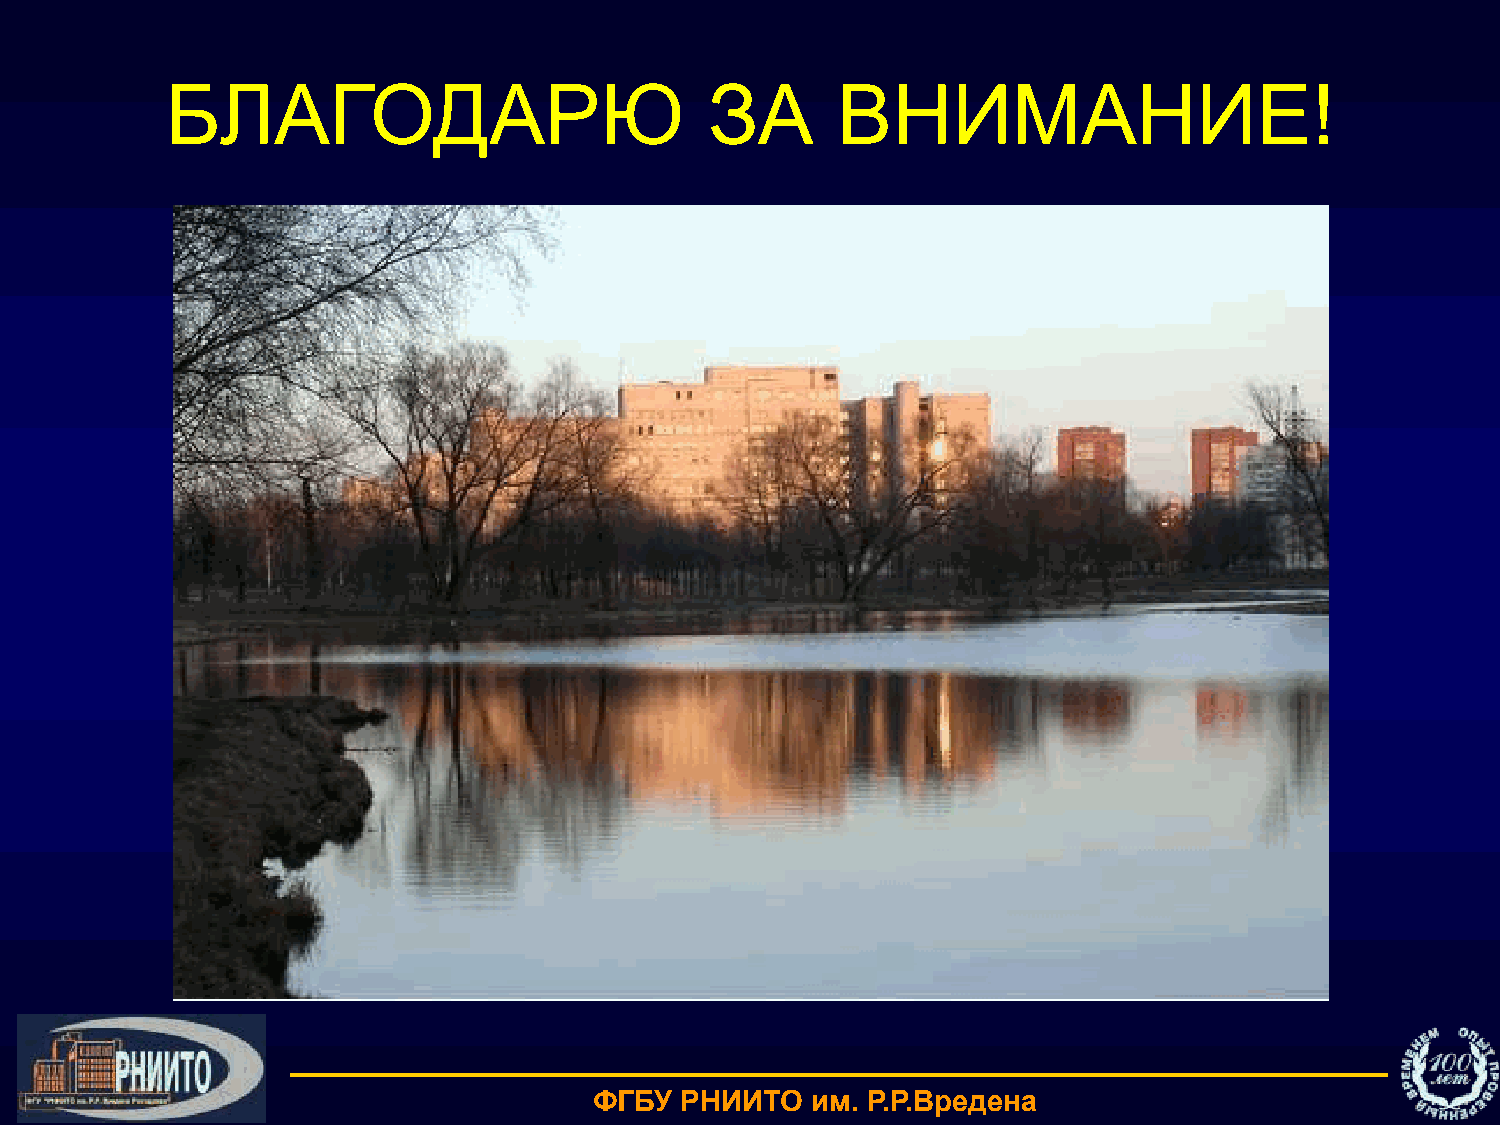
БЛАГОДАРЮ                           ЗА      ВНИМАНИЕ!
 ФГБУ  РНИИТО   им. Р.Р.Вредена